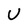
Character: U